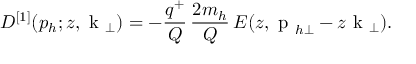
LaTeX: D ^ { [ 1 ] } ( p _ { h } ; z , { \mathrm { \boldmath ~ k ~ } } _ { \perp } ) = - \frac { q ^ { + } } { Q } \, \frac { 2 m _ { h } } { Q } \, E ( z , { \mathrm { \boldmath ~ p ~ } } _ { h \perp } - z { \mathrm { \boldmath ~ k ~ } } _ { \perp } ) . \qquad \qquad \qquad